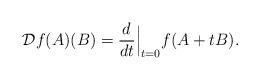
LaTeX: \begin{align*} \mathcal{D}f(A)(B)=\frac{d}{dt}\Big|_{t=0}f(A+tB).\end{align*}